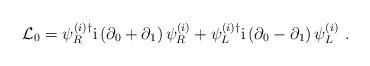
LaTeX: \begin{align*}{\cal L}_0 = \psi_R^{(i)\dagger} {\rm i}\left( \partial_0 + \partial_1\right) \psi_R^{(i)} + \psi_L^{(i)\dagger} {\rm i}\left( \partial_0 - \partial_1\right) \psi_L^{(i)} \ . \end{align*}